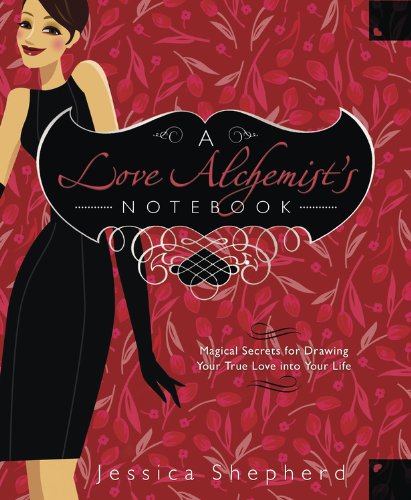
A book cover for A Love Alchemist's Notebook: Magical Secrets for Drawing Your True Love into Your Life; Jessica Shepherd; Self-Help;